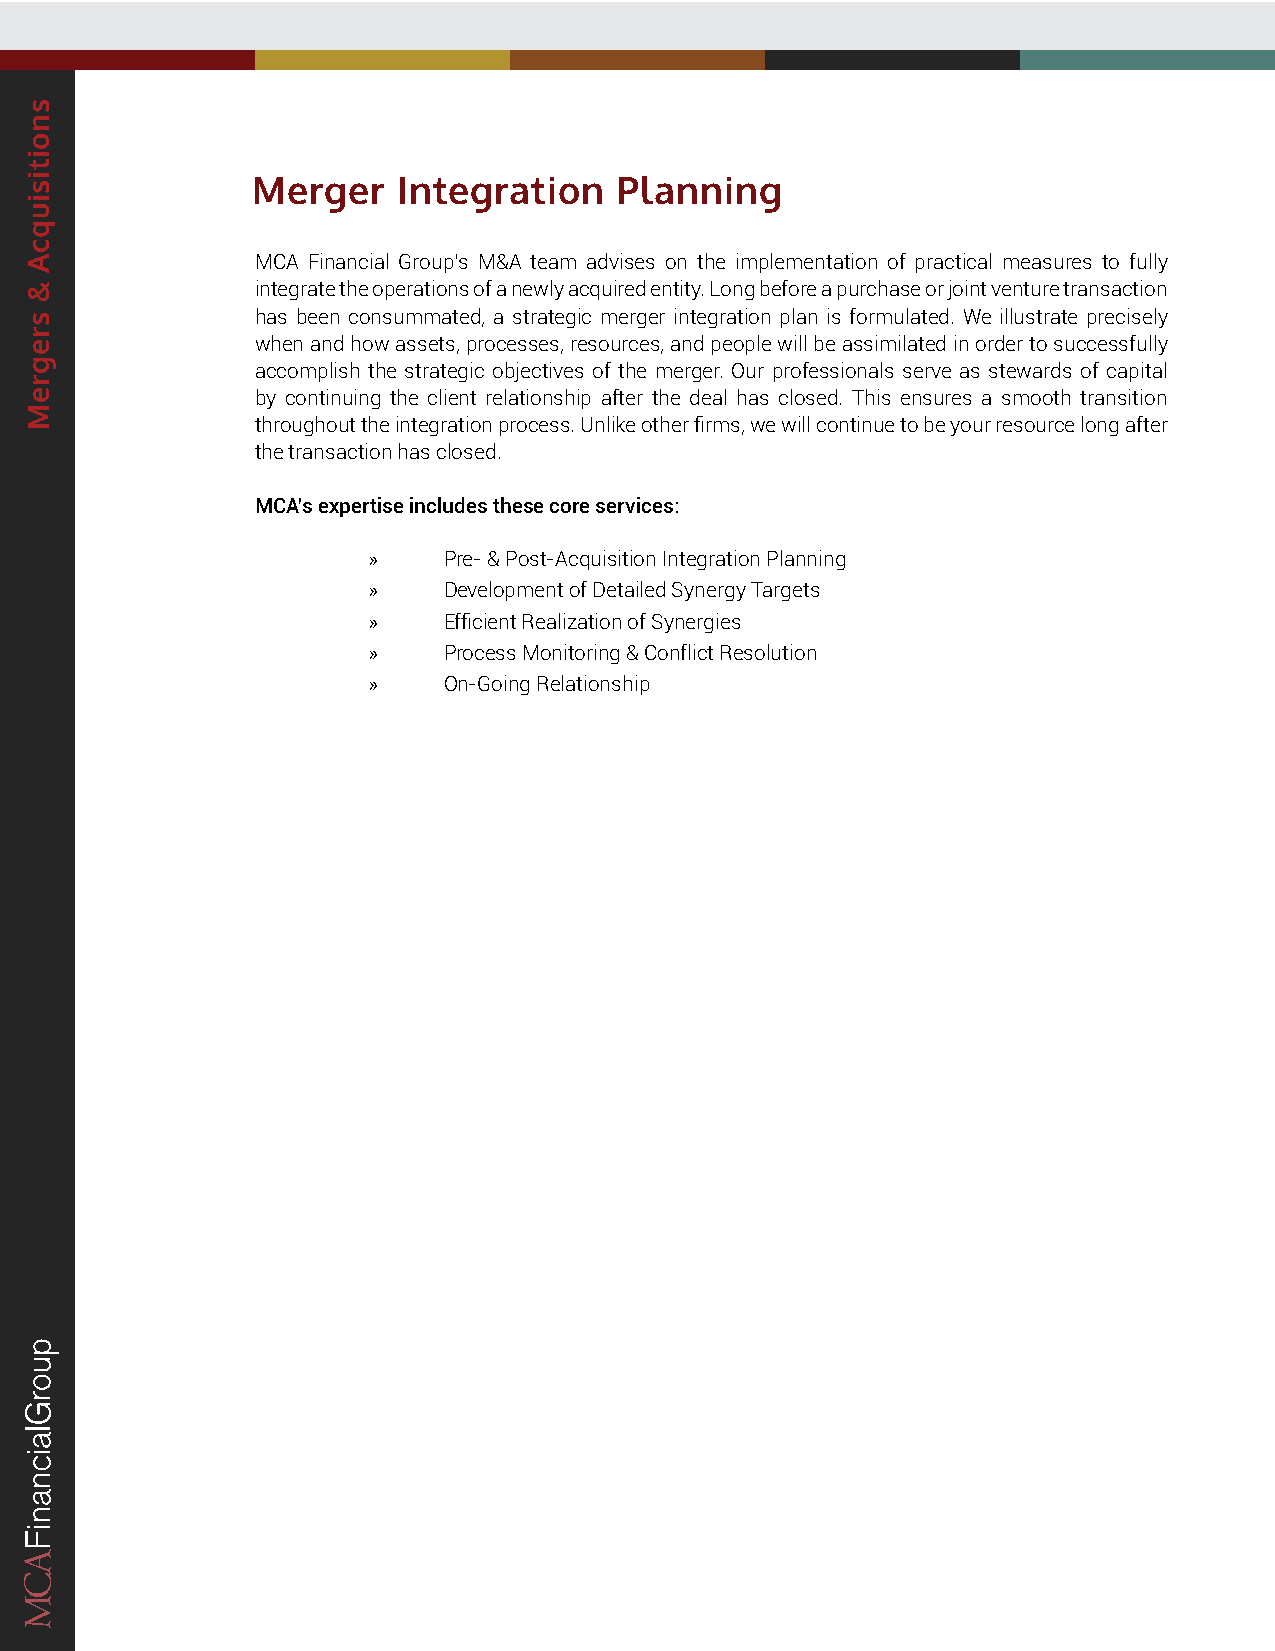
Merger   Integration    Planning
 MCA Financial Group’s M&A team advises on the implementation of practical measures to fully
 integrate the operations of a newly acquired entity. Long before a purchase or joint venture transaction
 has been consummated, a strategic merger integration plan is formulated. We illustrate precisely
 when and how assets, processes, resources, and people will be assimilated in order to successfully
 accomplish the strategic objectives of the merger. Our professionals serve as stewards of capital
 by continuing the client relationship after the deal has closed. This ensures a smooth transition
 throughout the integration process. Unlike other firms, we will continue to be your resource long after
 the transaction has closed.
 MCA’s expertise includes these core services:
 »    Pre- & Post-Acquisition Integration Planning
 »    Development of Detailed Synergy Targets
 »    Efficient Realization of Synergies
 »    Process Monitoring & Conflict Resolution
 »    On-Going Relationship
 snoitisiuqcA
 &
 sregreM